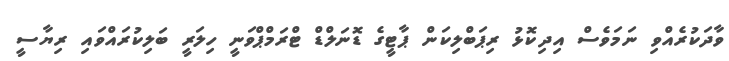
ވާދަކުރެއްވި ނަމަވެސް އިދިކޮޅު ރިޕަބްލިކަން ޕާޓީގެ ޑޮނަލްޑް ޓްރަމްޕްވަނީ ހިލަރީ ބަލިކުރައްވައި ރިޔާސީ